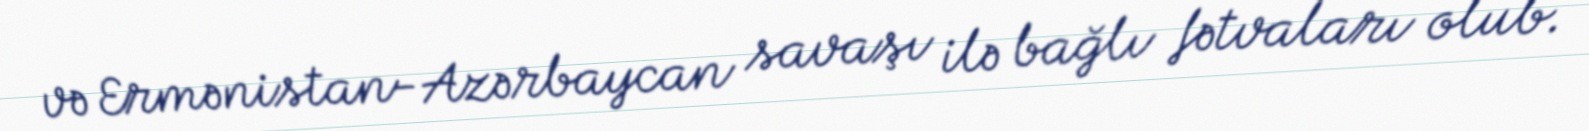
və Ermənistan-Azərbaycan savaşı ilə bağlı fətvaları olub.